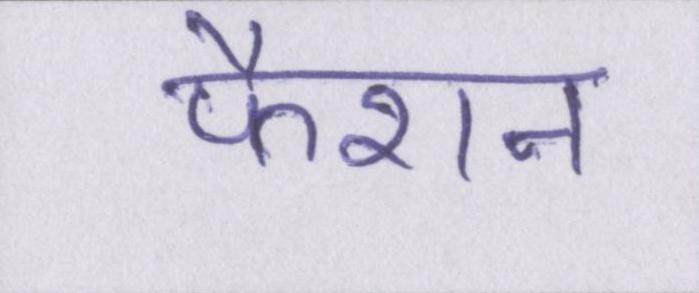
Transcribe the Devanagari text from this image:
फैशन